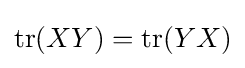
\operatorname {tr} (XY)=\operatorname {tr} (YX)